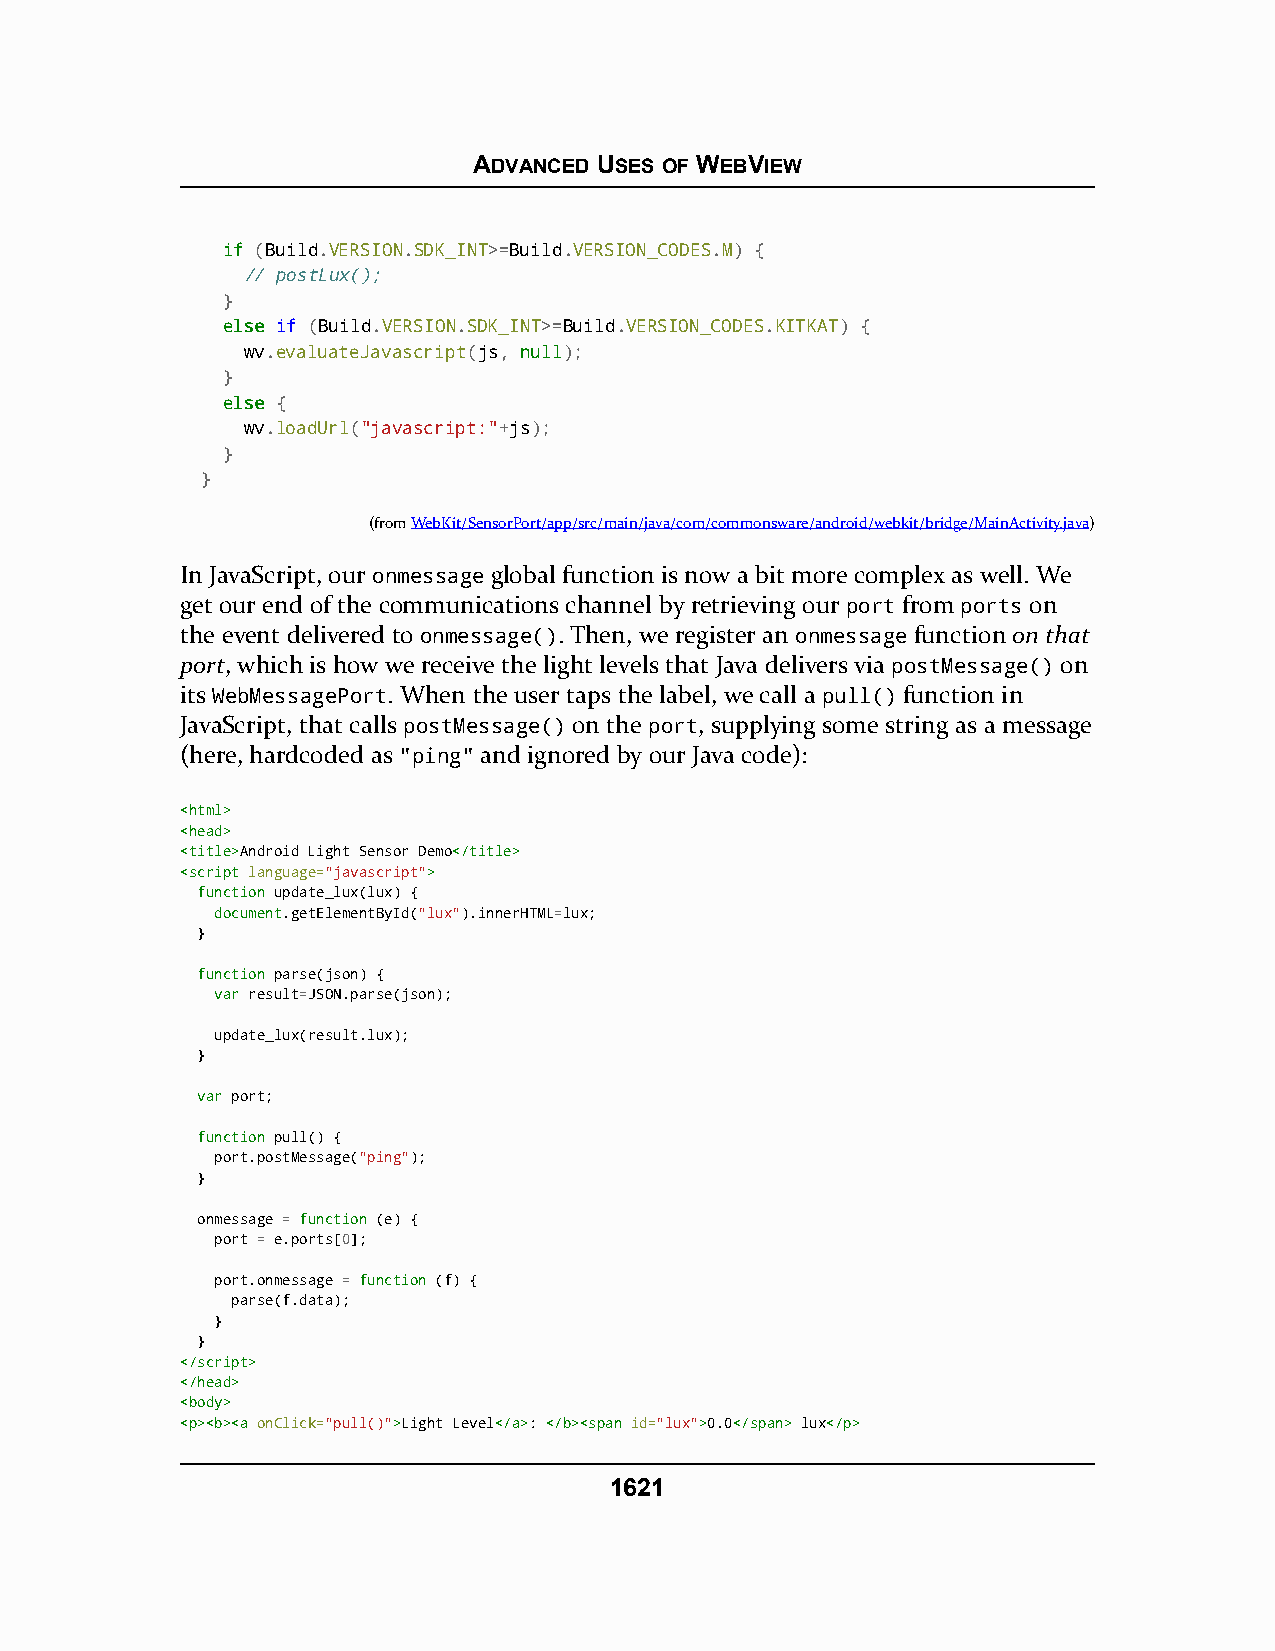
ADVANCED USES OF WEBVIEW
 iiff (Build.VERSION.SDK_INT>=Build.VERSION_CODES.M) {
 // postLux();
 }
 eellssee if (Build.VERSION.SDK_INT>=Build.VERSION_CODES.KITKAT) {
 wv.evaluateJavascript(js, nnuullll);
 }
 eellssee {
 wv.loadUrl("javascript:"+js);
 }
 }
 (fromWebKit/SensorPort/app/src/main/java/com/commonsware/android/webkit/bridge/MainActivity.java)
 In JavaScript, our onmessage global function is now a bit more complex as well. We
 get our end of the communications channel by retrieving our port from ports on
 the event delivered to onmessage(). Then, we register an onmessage function on that
 port, which is how we receive the light levels that Java delivers via postMessage() on
 its WebMessagePort. When the user taps the label, we call a pull() function in
 JavaScript, that calls postMessage() on the port, supplying some string as a message
 (here, hardcoded as "ping" and ignored by our Java code):
 <<hhttmmll>>
 <<hheeaadd>>
 <<ttiittllee>>Android Light Sensor Demo<<//ttiittllee>>
 <<ssccrriipptt language="javascript">>
 ffuunnccttiioonn update_lux(lux) {
 document.getElementById("lux").innerHTML=lux;
 }
 ffuunnccttiioonn parse(json) {
 vvaarr result=JSON.parse(json);
 update_lux(result.lux);
 }
 vvaarr port;
 ffuunnccttiioonn pull() {
 port.postMessage("ping");
 }
 onmessage = ffuunnccttiioonn (e) {
 port = e.ports[0];
 port.onmessage = ffuunnccttiioonn (f) {
 parse(f.data);
 }
 }
 <<//ssccrriipptt>>
 <<//hheeaadd>>
 <<bbooddyy>>
 <<pp>><<bb>><<aa onClick="pull()">>Light Level<<//aa>>: <<//bb>><<ssppaann id="lux">>0.0<<//ssppaann>> lux<<//pp>>
 1621